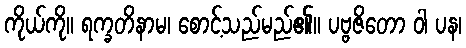
ကိုယ်ကို။ ရက္ခတိနာမ၊ စောင့်သည်မည်၏။ ပဗ္ဗဇိတော ဝါ ပန၊